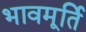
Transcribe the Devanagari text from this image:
भावमूर्ति